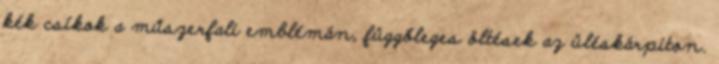
kék csíkok a műszerfali emblémán, függőleges öltések az üléskárpiton.